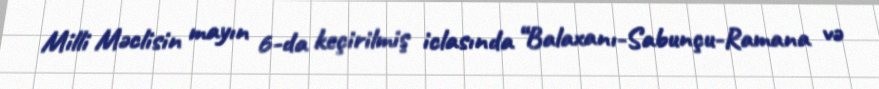
Milli Məclisin mayın 6-da keçirilmiş iclasında “Balaxanı-Sabunçu-Ramana və